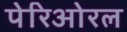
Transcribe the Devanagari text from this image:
पेरिओरल